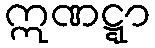
ဣဏဋ္ဋာ